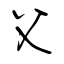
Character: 父